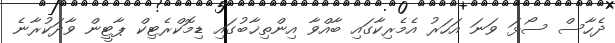
ދެހާސް ސޯޅަ ވަނަ އަހަރު އެމެރިކާގައި ބާއްވާ އިންތިޚާބުގައި ޑިމޮކްރެޓިކް ޕާޓީން ވާދަކުރާނެ